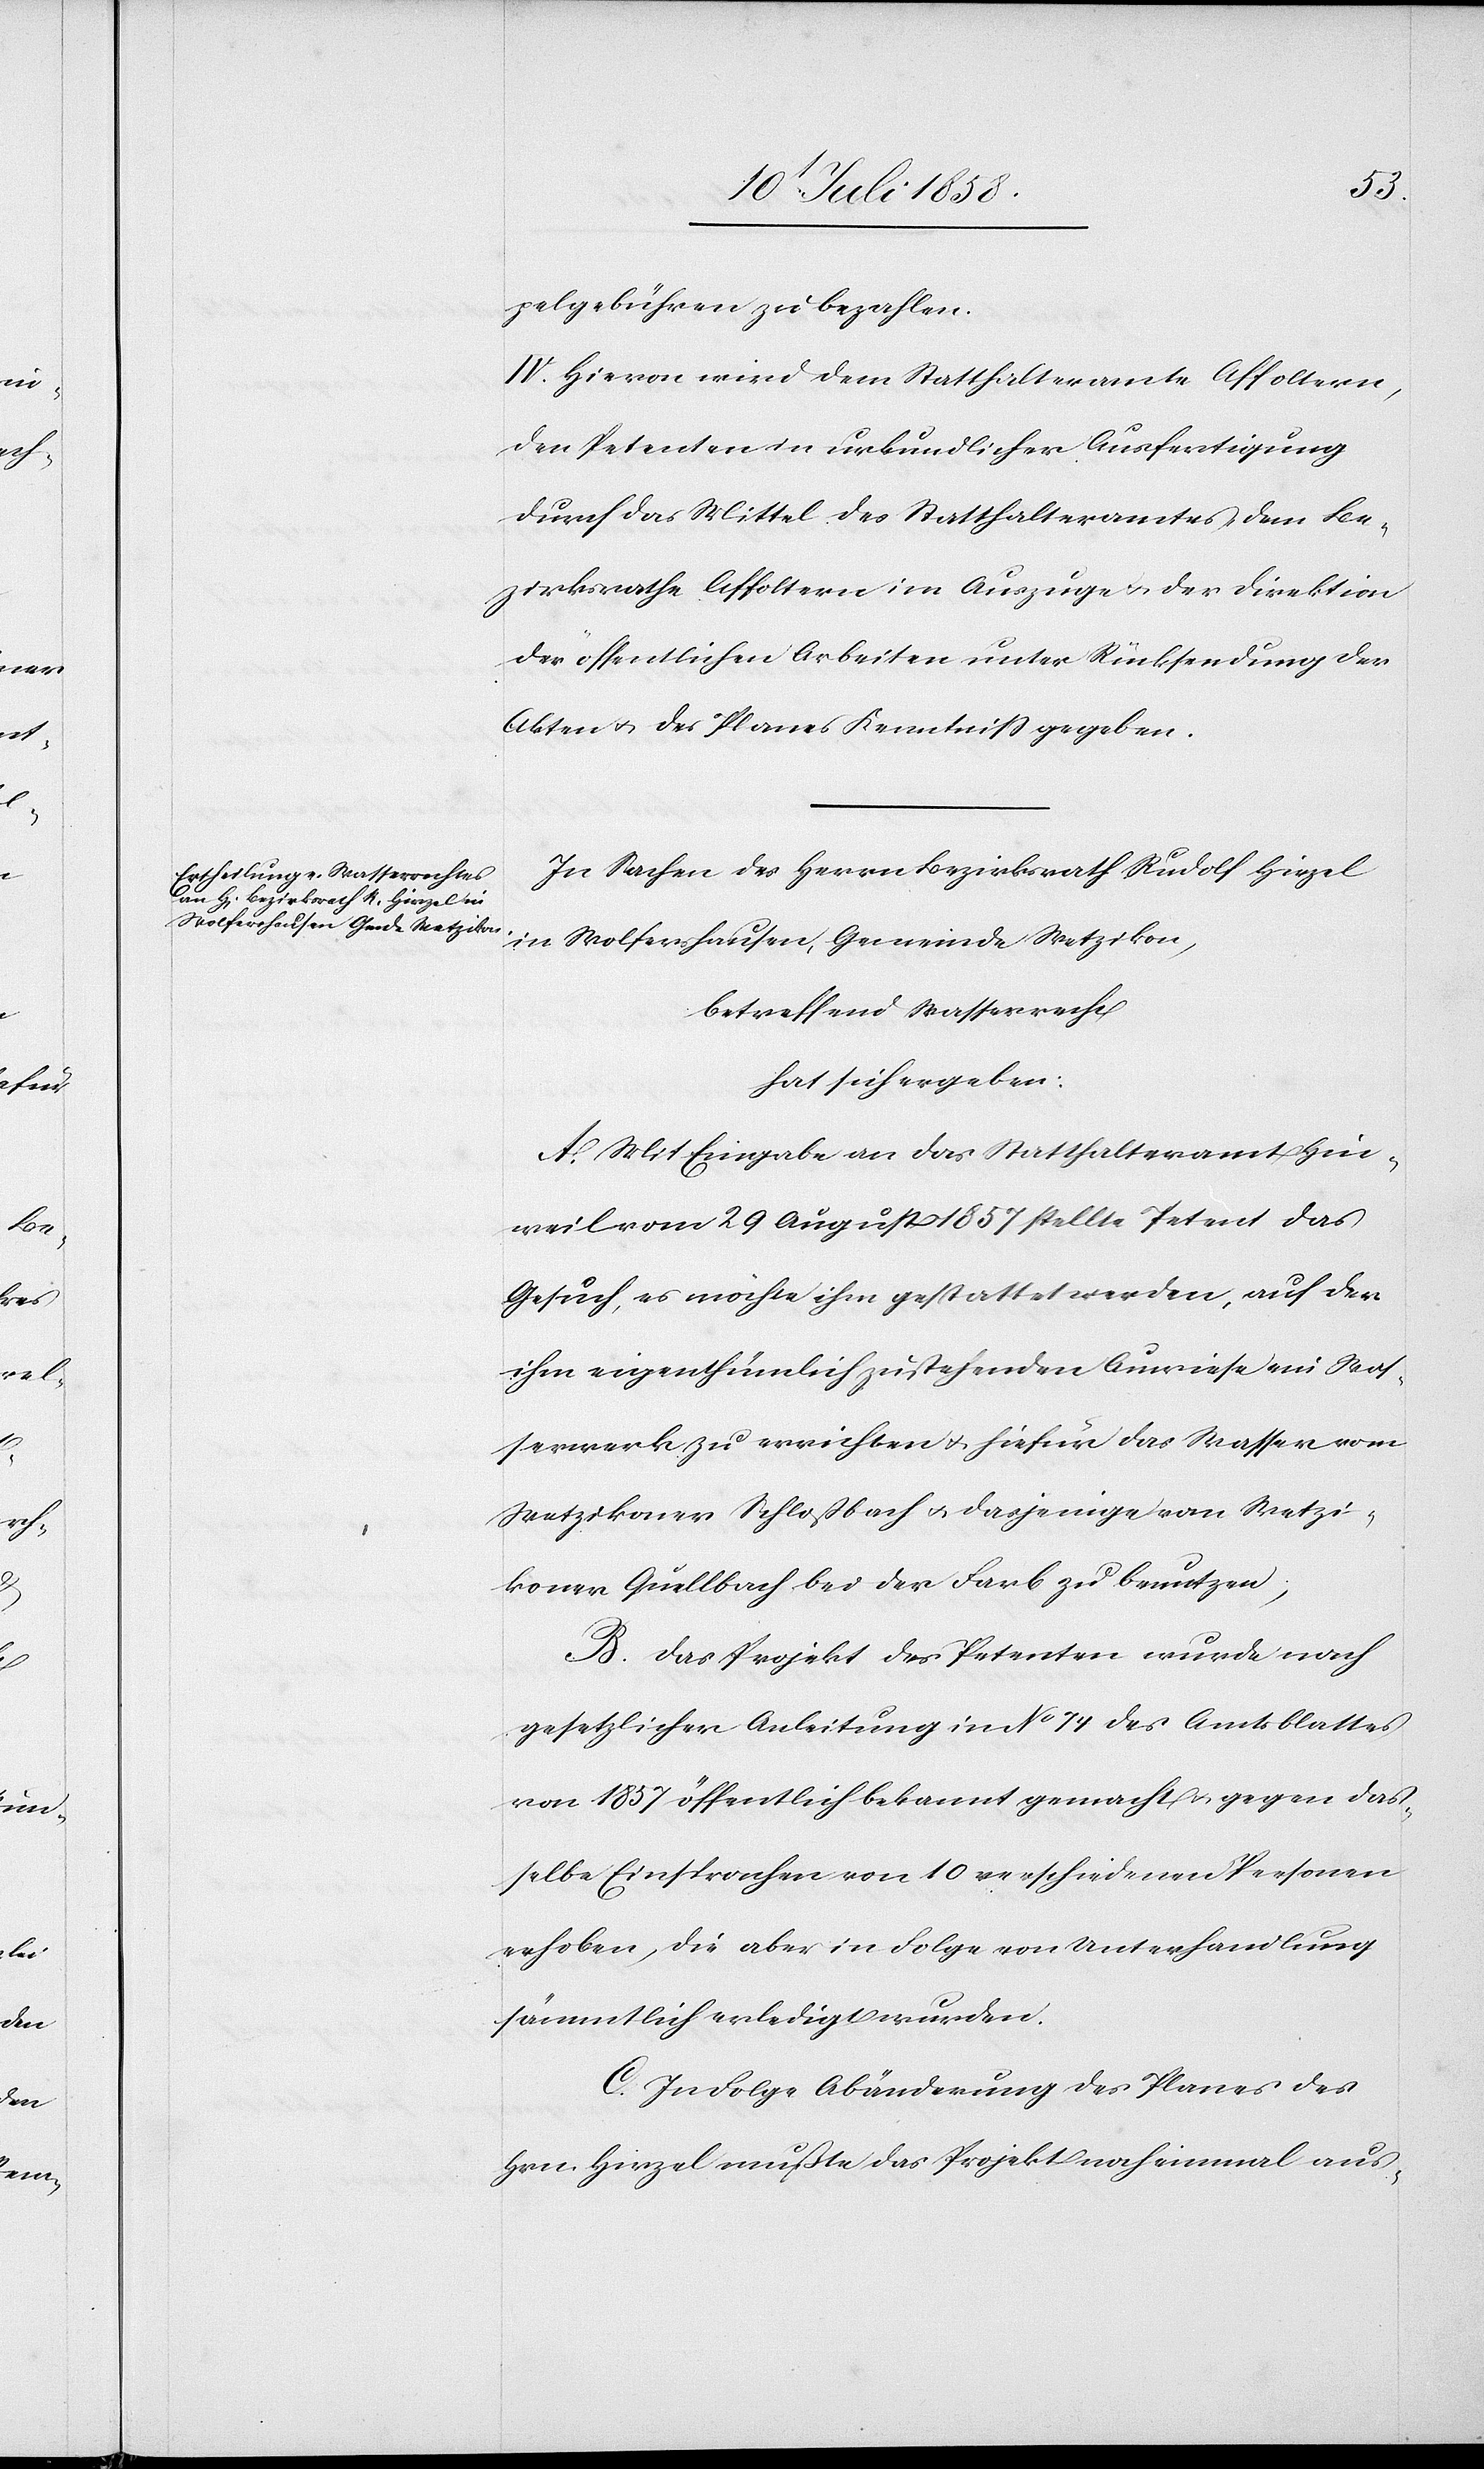
pelgebühren zu bezahlen.
IV. Hievon wird dem Statthalteramte Affoltern,
den Petenten in urkundlicher Ausfertigung
durch das Mittel des Statthalteramtes, dem Be¬
zirksrathe Affoltern im Auszuge & der Direktion
der öffentlichen Arbeiten unter Rücksendung der
Akten & des Planes Kenntniss gegeben.
In Sachen des Herrn Bezirksrath Rudolf Hirzel
in Wolfershausen, Gemeinde Wetzikon,
betreffend Wasserrecht
hat sich ergeben:
A. Mit Eingabe an das Statthalteramt Hin¬
weil vom 29 August 1857 stellte Petent das
Gesuch, es möchte ihm gestattet werden, auf der
ihm eigenthümlich zustehenden Auwiese ein Was¬
serwerk zu errichten & hiefür das Wasser vom
Wetzikoner Schloßbach & dasjenige vom Wetzi¬
koner Quellbach bei der Farb zu benutzen;
B. Das Projekt des Petenten wurde nach
gesetzlicher Anleitung in No 74 des Amtsblattes
von 1857 öffentlich bekannt gemacht & gegen das¬
selbe Einsprachen von 10 verschiedenen Personen
erhoben, die aber in Folge von Unterhandlung
sämmtlich erledigt wurden.
C. In Folge Abänderung des Planes des
Hrn. Hirzel mußte das Projekt noch einmal aus-